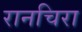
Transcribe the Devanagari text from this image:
रानचिरा